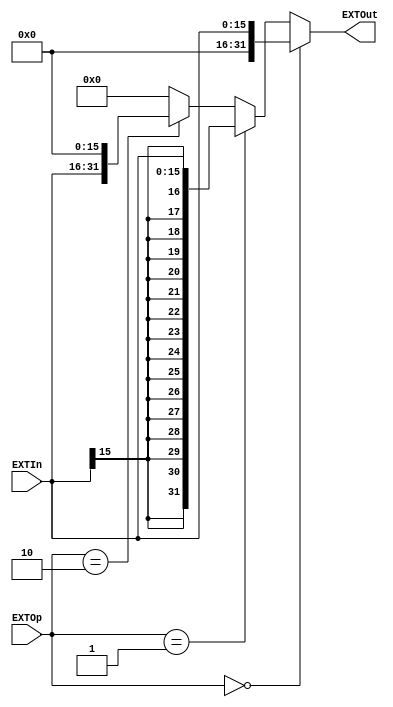
`timescale 1ns / 1ps
//////////////////////////////////////////////////////////////////////////////////
// Company: 
// Engineer: 
// 
// Design Name: 
// Module Name:    EXT 
// Project Name: 
// Target Devices: 
// Tool versions: 
// Description: 
//
// Dependencies: 
//
// Revision: 
// Revision 0.01 - File Created
// Additional Comments: 
//
//////////////////////////////////////////////////////////////////////////////////
module EXT(
    input [15:0] EXTIn,
    input [1:0] EXTOp,
    output [31:0] EXTOut
    );
	 assign EXTOut = (EXTOp==0)?({{16'b0},EXTIn}):
						  (EXTOp==1)?({{16{EXTIn[15]}},EXTIn}):
						  (EXTOp==2)?({EXTIn,{16'b0}}):000;			
endmodule